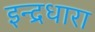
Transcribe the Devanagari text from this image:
इन्द्रधारा